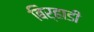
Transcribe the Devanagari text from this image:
बिर्‍हाडी